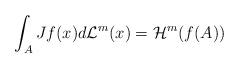
LaTeX: \begin{align*}\int_{A} Jf(x) d\mathcal{L}^{m}(x)= \mathcal{H}^{m}(f(A))\end{align*}